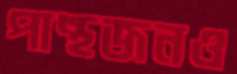
পান্থজনও